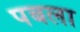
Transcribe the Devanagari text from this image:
पबला